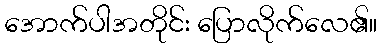
အောက်ပါအတိုင်း ပြောလိုက်လေ၏။